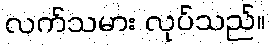
လက်သမား လုပ်သည်။